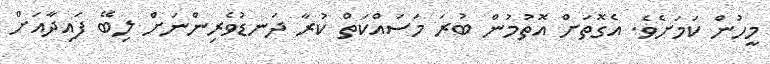
މީހުން ކަމަށެވެ. އެގޮތަށް އޮތުމުން ބުރަ މަސައްކަތް ކުރާ ދަނޑުވެރިންނަށް ލިބޭ ފައިދާއަށް